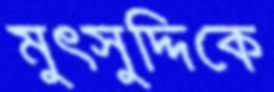
মুৎসুদ্দিকে